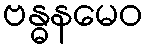
ဗန္ဓနမေဝ